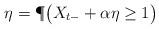
LaTeX: \begin{align*}\eta = \P \bigl(X_{t-} + \alpha \eta \geq 1 \bigr) \end{align*}